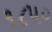
૧૮૫૦